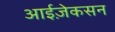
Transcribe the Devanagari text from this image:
आईज़ेकसन